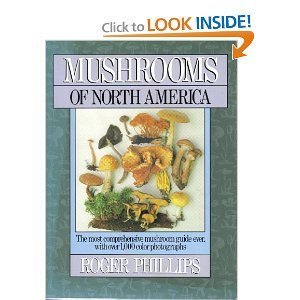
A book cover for Mushrooms of North America; Roger Phillips; Medical Books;